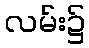
လမ်း၌